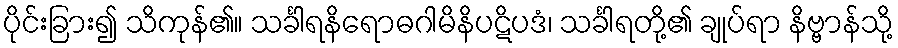
ပိုင်းခြား၍ သိကုန်၏။ သင်္ခါရနိရောဓဂါမိနိပဋိပဒံ၊ သင်္ခါရတို့၏ ချုပ်ရာ နိဗ္ဗာန်သို့